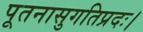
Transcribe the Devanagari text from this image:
पूतनासुगतिप्रदः।